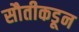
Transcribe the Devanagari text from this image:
सौतीकडून